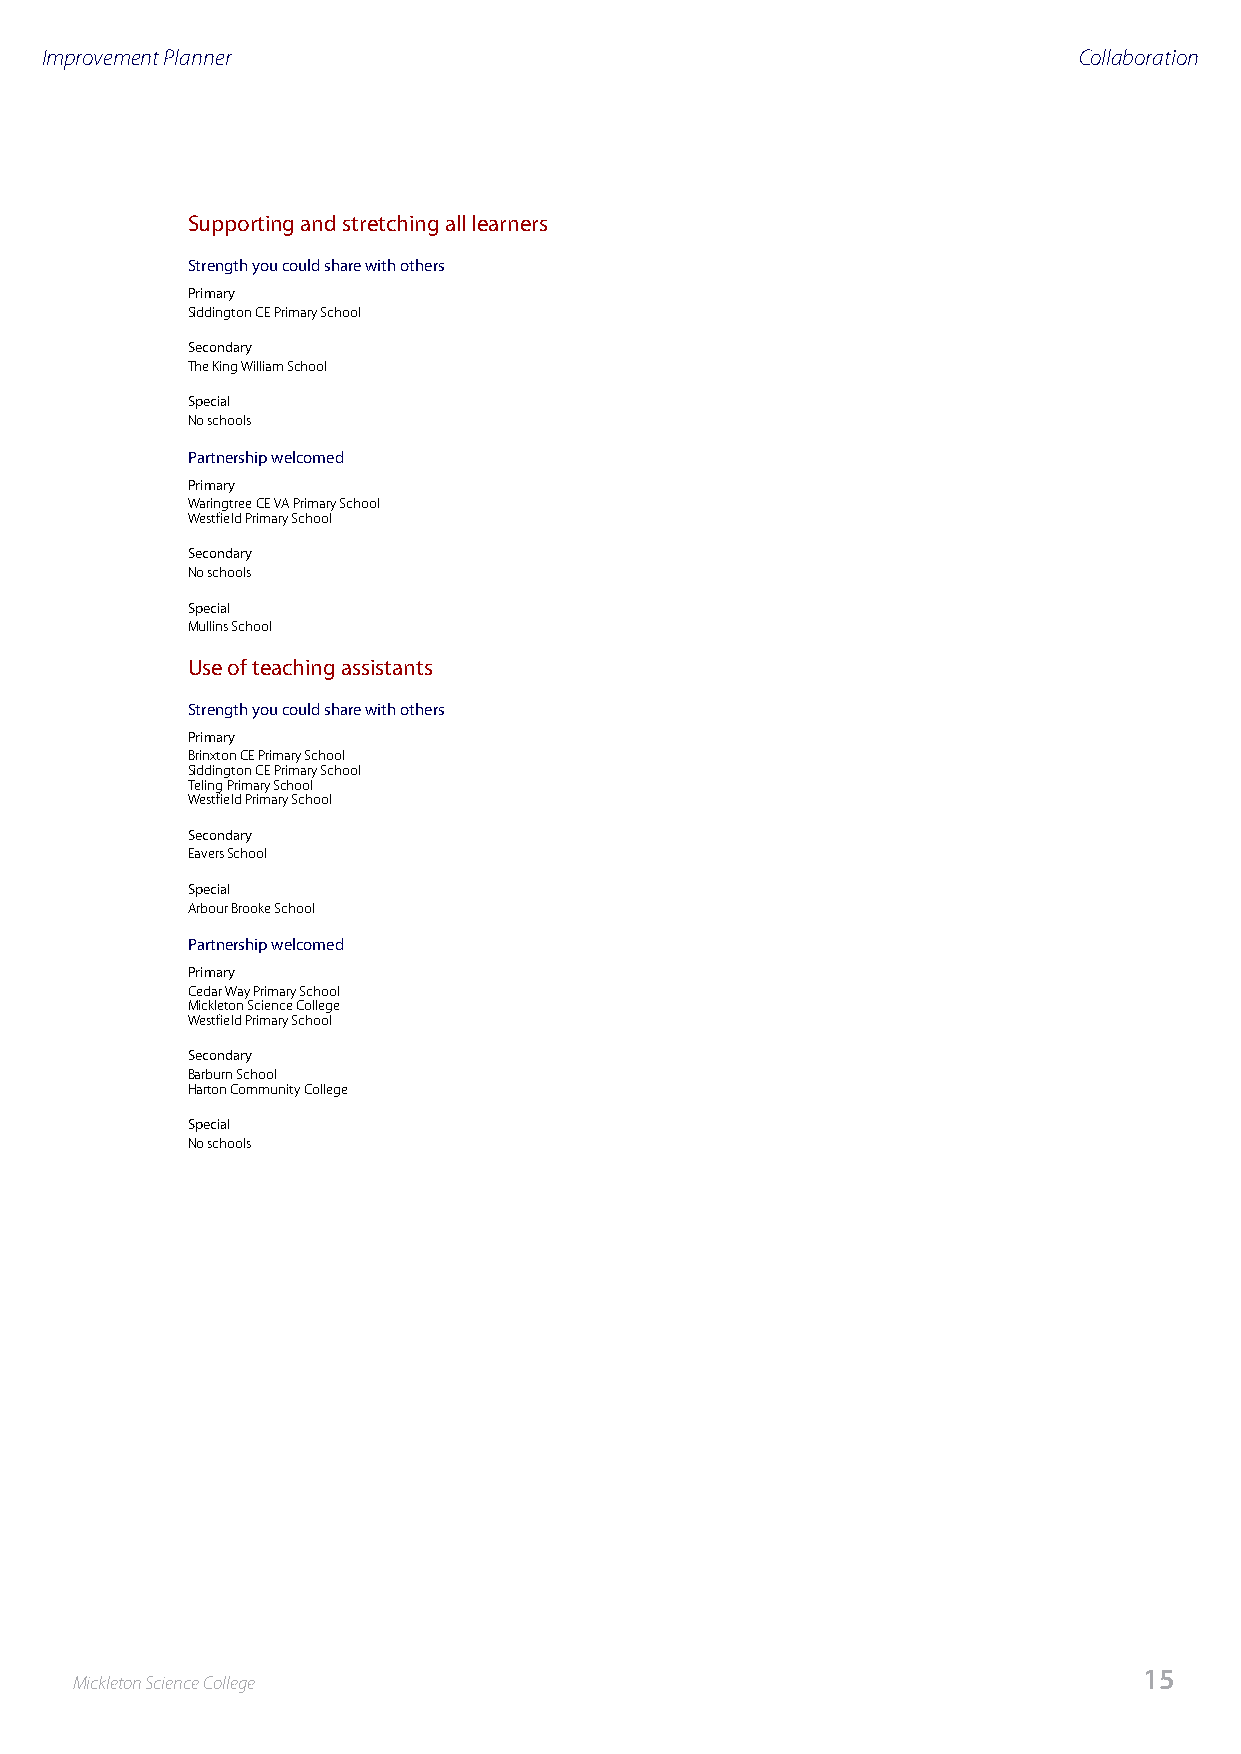
Improvement Planner                                                 Collaboration
 Supporting and stretching all learners
 Strength you could share with others
 Primary
 Siddington CE Primary School
 Secondary
 The King William School
 Special
 No schools
 Partnership welcomed
 Primary
 Waringtree CE VA Primary School
 Westfield Primary School
 Secondary
 No schools
 Special
 Mullins School
 Use of teaching assistants
 Strength you could share with others
 Primary
 Brinxton CE Primary School
 Siddington CE Primary School
 Teling Primary School
 Westfield Primary School
 Secondary
 Eavers School
 Special
 Arbour Brooke School
 Partnership welcomed
 Primary
 Cedar Way Primary School
 Mickleton Science College
 Westfield Primary School
 Secondary
 Barburn School
 Harton Community College
 Special
 No schools
 15
 Mickleton Science College